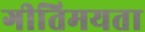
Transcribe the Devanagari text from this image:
गीतिमयता